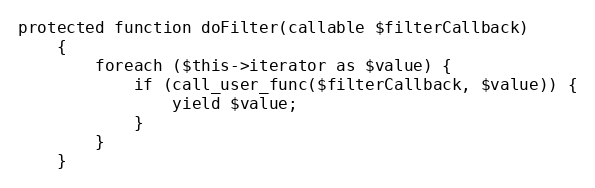
Language: PHP
protected function doFilter(callable $filterCallback)
    {
        foreach ($this->iterator as $value) {
            if (call_user_func($filterCallback, $value)) {
                yield $value;
            }
        }
    }